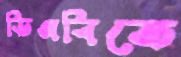
ডিএবিতে